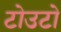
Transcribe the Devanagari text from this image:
टोउटो